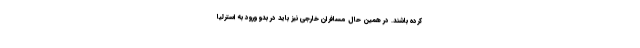
کرده باشند. در همین حال مسافران خارجی نیز باید در بدو ورود به استرلیا